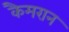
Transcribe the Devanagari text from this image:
कैमरान